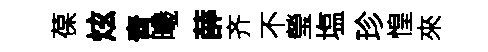
葆炫青曦薛齐不瑩塩珍惶來